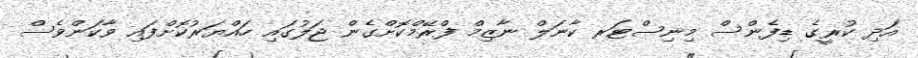
އަދި ކުރީގެ ޑިފެންސް މިނިސްޓަރ ކާނަލް ނާޒިމް ފްރޭމްކޮށްގެން ޖަލުގައި ހައްޔަރުކޮށްފައި ވާކަންވެސް